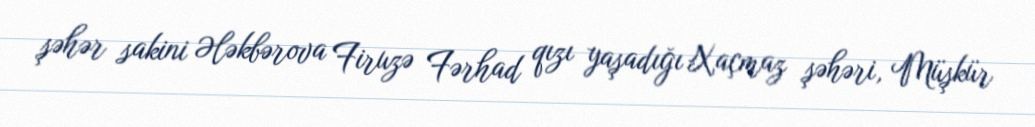
şəhər sakini Ələkbərova Firuzə Fərhad qızı yaşadığı Xaçmaz şəhəri, Müşkür